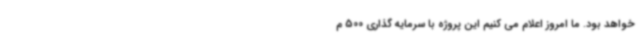
خواهد بود. ما امروز اعلام می کنیم این پروژه با سرمایه گذاری 500 م